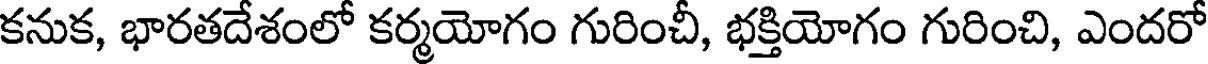
కనుక, భారతదేశంలో కర్మయోగం గురించీ, భక్తియోగం గురించి, ఎందరో